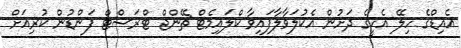
އެއިޑްގެ ހިލޭ އެހީގެ ދަށުން އެކުލަވާލާފައިވާ ކްލައިމެޓް ޗޭންޖް ޓްރަސްޓް ފަންޑުން ކުރިއަށް